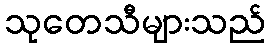
သုတေသီများသည်